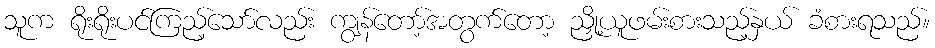
သူက ရိုးရိုးပင်ကြည့်သော်လည်း ကျွန်တော့်အတွက်တော့ ညှို့ယူဖမ်းစားသည့်နှယ် ခံစားရသည်။